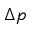
\Delta p